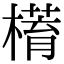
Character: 𣚥